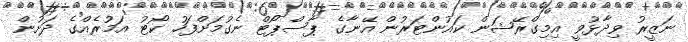
ނަޒީރު ވިދާޅުވީ އިމިގްރޭޝަން ކައުންޓަރުން އޭނާގެ ޕާސްޕޯޓް ނެގުމަށްފަހު ކޯޓު އަމުރެއްގެ ދަށުން